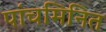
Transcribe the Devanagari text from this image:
पांचमिनित